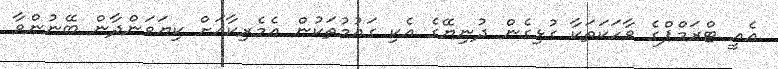
އެއީ ޓްރަމްޕްގެ ވާހަކަތަކާ ގުޅިގެން ދުނިޔޭގެ އެކި ގައުމުތަކުން އެމެރިކާއަށް ކިޔަވަންދާން ބޭނުންވާ